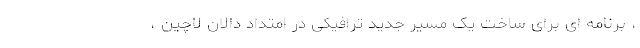
، برنامه ای برای ساخت یک مسیر جدید ترافیکی در امتداد دالان لاچین ،